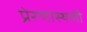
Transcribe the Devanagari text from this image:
प्रेरणास्थली